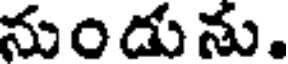
నుండును.